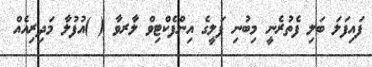
ފައިފަލަ ބަލި ފެތުރެނީ މިބުނި ފަލީގެ އިންފެކްޓިވް ލާރވާ ( )އުފުލާ މަދިރިއެއް